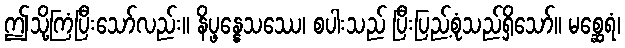
ဤသို့ကြံပြီးသော်လည်း။ နိပ္ဖန္နေသဿေ၊ စပါးသည် ပြီးပြည့်စုံသည်ရှိသော်။ မစ္ဆေရံ၊